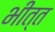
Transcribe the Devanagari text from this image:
भीत्त